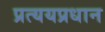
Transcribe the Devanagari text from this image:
प्रत्ययप्रधान